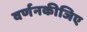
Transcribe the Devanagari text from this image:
वर्णनकीजिए